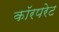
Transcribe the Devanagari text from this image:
कॉरपरेट